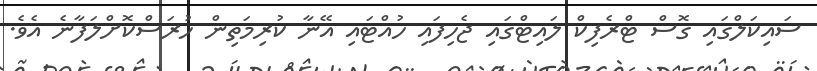
ސައިކަލްގައި ގޮސް ޓްރެފިކް ލައިޓްގައި ޖެހިފައި ހުއްޓައި އޭނާ ކުރިމަތިން ހުރަސްކޮށްލަފާނެ އެވެ.